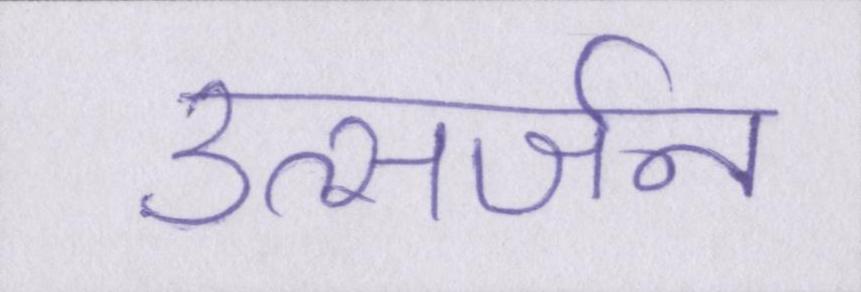
उत्सर्जन